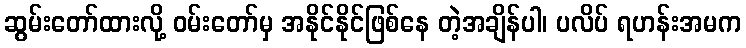
ဆွမ်းတော်ထားလို့ ဝမ်းတော်မှ အနိုင်နိုင်ဖြစ်နေ တဲ့အချိန်ပါ၊ ပလိပ် ရဟန်းအမက